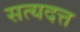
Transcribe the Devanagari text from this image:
सत्यदत्त